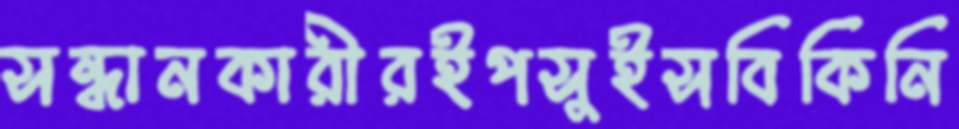
সন্ধানকারীরইপসুইসবিকিনি